Annual report of the Bengal Veterinary College and of the Civil Veterinary Department, Bengal, for the year 1912-1913 - 1912-1913
Year: 1912
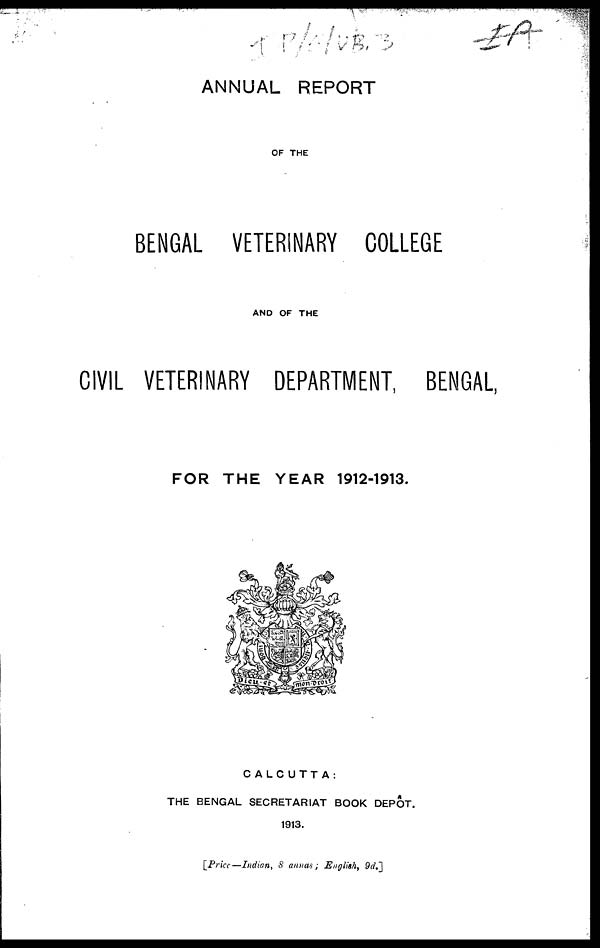
ANNUAL REPORT
OF THE
BENGAL VETERINARY COLLEGE
AND OF THE
CIVIL VETERINARY DEPARTMENT, BENGAL,
FOR THE YEAR 1912-1913.
CALCUTTA:
THE BENGAL SECRETARIAT BOOK DEPOT.
1913.
[Price—Indian, 8 annas; English, 9d.]